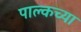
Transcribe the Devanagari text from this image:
पाल्कच्या